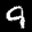
Label: 9